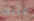
عليك